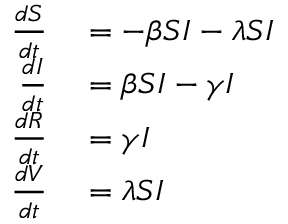
\begin{array} { r l } { \frac { d S } { d t } } & { { } = - \beta S I - \lambda S I } \\ { \frac { d I } { d t } } & { { } = \beta S I - \gamma I } \\ { \frac { d R } { d t } } & { { } = \gamma I } \\ { \frac { d V } { d t } } & { { } = \lambda S I } \end{array}